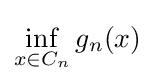
\inf _{x\in C_{n}}g_{n}(x)